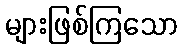
များဖြစ်ကြသော